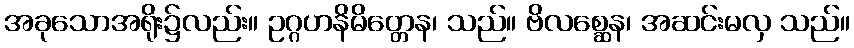
အခုသောအရိုး၌လည်း။ ဥဂ္ဂဟနိမိတ္တေန၊ သည်။ ဗိလစ္ဆေန၊ အဆင်းမလှ သည်။